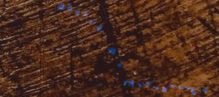
مقهى الزهر فنجانك ورفيقك